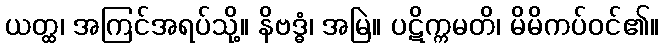
ယတ္ထ၊ အကြင်အရပ်သို့။ နိဗဒ္ဓံ၊ အမြဲ။ ပဋိက္ကမတိ၊ မိမိကပ်ဝင်၏။